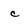
Character: c